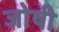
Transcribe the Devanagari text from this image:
जोषी